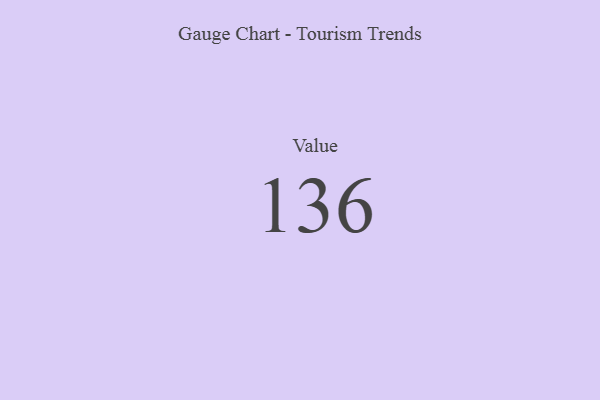
{"axis": {"x": "Metric", "y": "Value"}, "legend": [""], "data": [{"x": "Value", "y": 136, "type": ""}]}